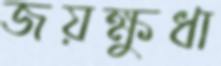
জয়ক্ষুধা